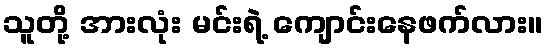
သူတို့ အားလုံး မင်းရဲ့ ကျောင်းနေဖက်လား။